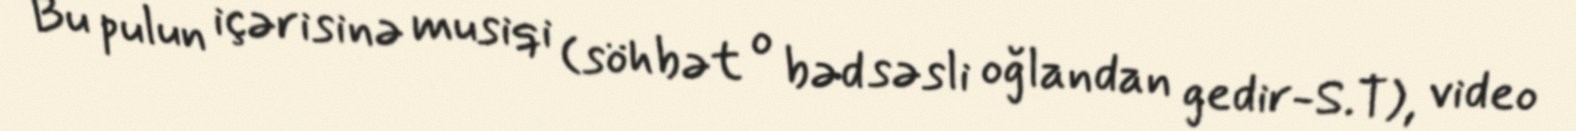
Bu pulun içərisinə musiqi (söhbət o bəd səsli oğlandan gedir-S.T), video